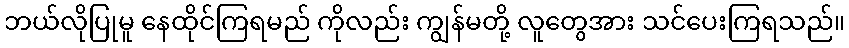
ဘယ်လိုပြုမူ နေထိုင်ကြရမည် ကိုလည်း ကျွန်မတို့ လူတွေအား သင်ပေးကြရသည်။